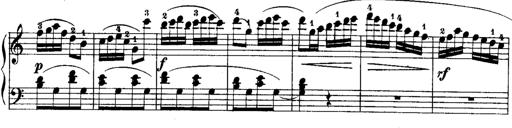
Title: Rondos and Sonatinas for Pianoforte
Composer: Daniel Steibelt